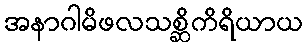
အနာဂါမိဖလသစ္ဆိကိရိယာယ